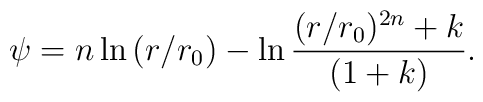
\psi = n \ln{(r/r_0)} - \ln{\frac{(r/r_0)^{2n} +k}{(1+k)}}.